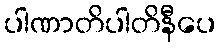
ပါဏာတိပါတိနီပေ